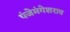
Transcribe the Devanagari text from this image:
पंजेमंगेशराव